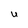
Character: U